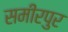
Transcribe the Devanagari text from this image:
समीरपुर